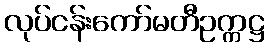
လုပ်ငန်းကော်မတီဥက္ကဋ္ဌ